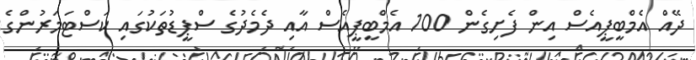
ދޭއް އެމްބީޕީއެސް އިން ފެށިގެން 100 އެމްބީޕީއެސް އާއި ދެމެދުގެ ސްޕީޑުތަކުގައި ކަސްޓަމަރުންގެ